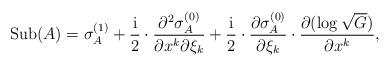
LaTeX: \begin{align*}\mathrm{Sub}(A)=\sigma_A^{(1)}+\frac{\mathrm{i}}{2}\cdot\frac{\partial^2\sigma_A^{(0)}}{\partial x^k\partial\xi_k}+\frac{\mathrm{i}}{2}\cdot \frac{\partial\sigma_A^{(0)}}{\partial{\xi_k}}\cdot\frac{\partial (\log\sqrt{G})}{\partial x^k},\end{align*}